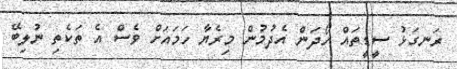
ރަނގަޅު ސީޑީތައް ހޯދަން އެދުމުން މިރެޔާ ހަމައަށް ވެސް އެ ތަކެތި ނުލިބޭ